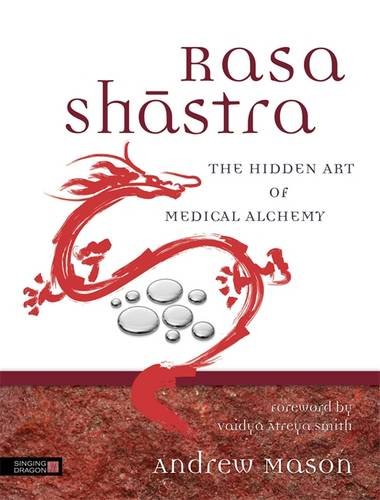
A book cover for Rasa Shastra: The Hidden Art of Medical Alchemy; Andrew Mason; Health, Fitness & Dieting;